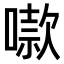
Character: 𫫬